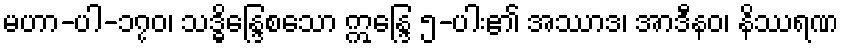
မဟာ-ပါ-၁၇၀၊ သဒ္ဓိန္ဒြေစသော ဣန္ဒြေ ၅-ပါး၏ အဿာဒ၊ အာဒီနဝ၊ နိဿရဏ